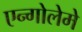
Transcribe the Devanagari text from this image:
एन्गोलेमे